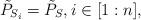
LaTeX: \begin{align*}\tilde P_{S_i} = \tilde P_S, i \in [1:n], \end{align*}